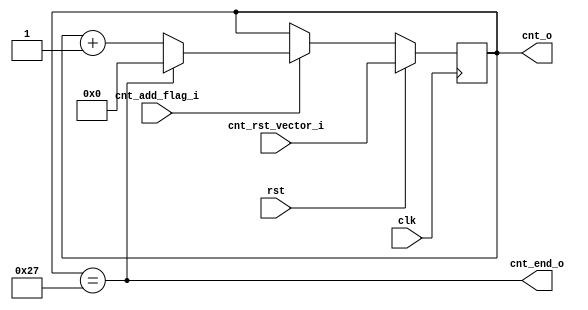
module counter#(
    parameter CNT_SIZE = 32 + 8,
    parameter CNT_SIZE_WIDTH = 6
) (
    input clk,
    input rst,
    input cnt_add_flag_i,
    input [CNT_SIZE_WIDTH-1:0] cnt_rst_vector_i,
    output [CNT_SIZE_WIDTH-1:0] cnt_o,
    output cnt_end_o
);
reg [CNT_SIZE_WIDTH-1:0] cnt_r;
assign cnt_o = cnt_r;

always @(posedge clk) begin
    if (rst) begin
        cnt_r <= cnt_rst_vector_i;
    end else if (cnt_add_flag_i) begin
        if (cnt_end_o) begin
            cnt_r <= 0;
        end else begin
            cnt_r <= cnt_r + 1;
        end
    end
end
/* verilator lint_off WIDTH */
assign cnt_end_o = cnt_o == CNT_SIZE - 1;
/* verilator lint_on WIDTH */
endmodule